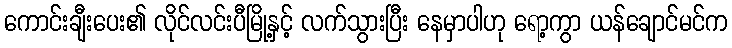
ကောင်းချီးပေး၏ လိုင်လင်းပီမြို့နှင့် လက်သွားပြီး နေမှာပါဟု ရော့ကွာ ယန်ချောင်မင်က